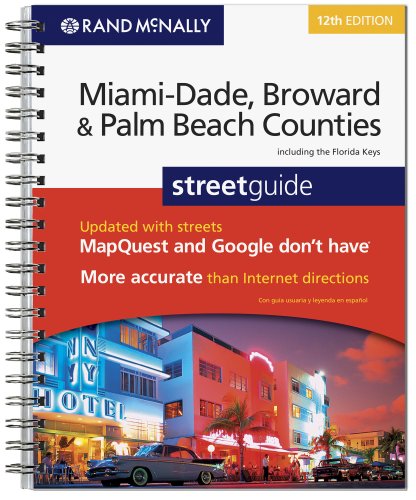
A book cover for Rand McNally  Miami-Dade, Broward & Palm Beach Counties Florida street guide, 12th Edition; Rand McNally; Travel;